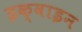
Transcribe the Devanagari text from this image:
इक्वाइन